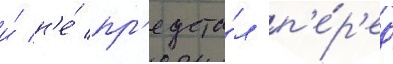
и́ н'е́ пр'едста́л п'е́р'ед